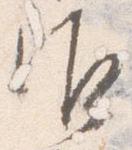
御